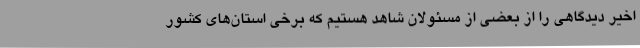
اخیر دیدگاهی را از بعضی از مسئولان شاهد هستیم که برخی استان‌های کشور